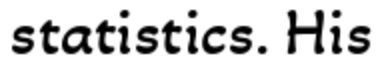
statistics. His